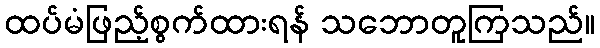
ထပ်မံဖြည့်စွက်ထားရန် သဘောတူကြသည်။